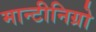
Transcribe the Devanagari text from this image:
मान्टीनिग्रो